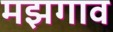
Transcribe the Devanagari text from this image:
मझगाव